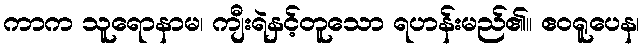
ကာက သူရောနာမ၊ ကျီးရဲနှင့်တူသော ရဟန်းမည်၏။ ဧဝရူပေန၊